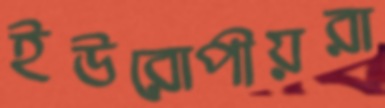
ইউরোপীয়রা